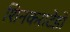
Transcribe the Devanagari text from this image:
शिनकराटेडो